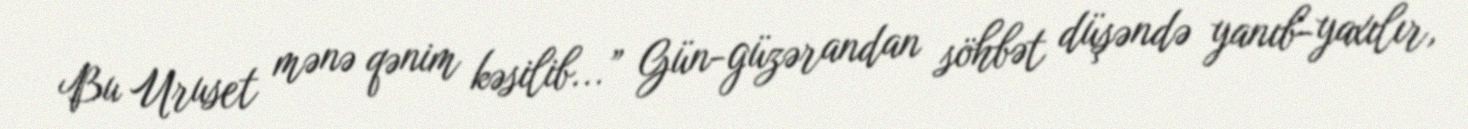
Bu Uruset mənə qənim kəsilib...” Gün-güzərandan söhbət düşəndə yanıb-yaxılır,